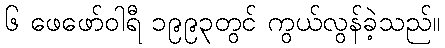
၆ ဖေဖော်ဝါရီ ၁၉၉၃တွင် ကွယ်လွန်ခဲ့သည်။